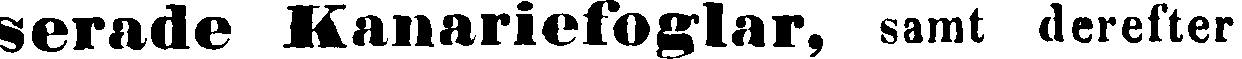
serade Kanariefoglar, samt derefter